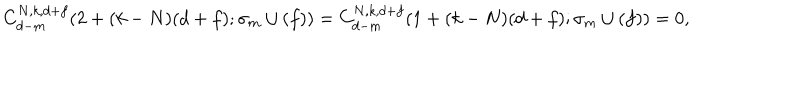
C _ { d - m } ^ { N , k , d + f } ( 2 + ( k - N ) ( d + f ) ; \sigma _ { m } \cup ( f ) ) = C _ { d - m } ^ { N , k , d + f } ( 1 + ( k - N ) ( d + f ) ; \sigma _ { m } \cup ( f ) ) = 0 ,